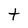
Character: t